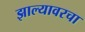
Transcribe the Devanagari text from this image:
झाल्यावरचा